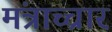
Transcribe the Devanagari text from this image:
मंत्राच्चार